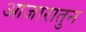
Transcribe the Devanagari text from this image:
आजारातुन